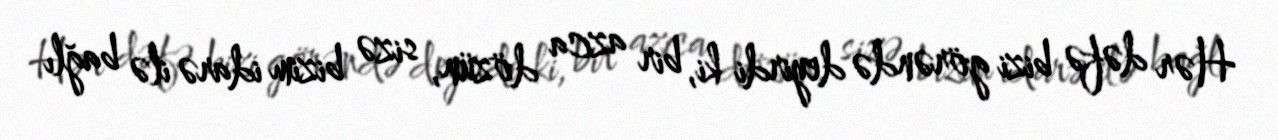
Hər dəfə bizi görəndə deyirdi ki, bir azca dözün, sizə bizim idarə ilə bağlı